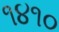
૧૪૧૦